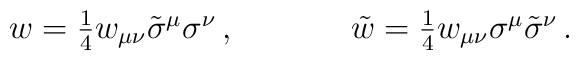
\begin{array}{cc}w=\textstyle{\frac{1}{4}}w_{\mu\nu}\tilde{\sigma}^{\mu}\sigma^{\nu}\,,~~~~&~~~~\tilde{w}=\textstyle{\frac{1}{4}}w_{\mu\nu}\sigma^{\mu}\tilde{\sigma}^{\nu}\,.\end{array}